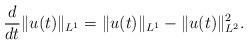
LaTeX: \begin{align*}\frac{d}{dt}\|u(t)\|_{L^1}=\|u(t)\|_{L^1}-\|u(t)\|_{L^2}^2.\end{align*}